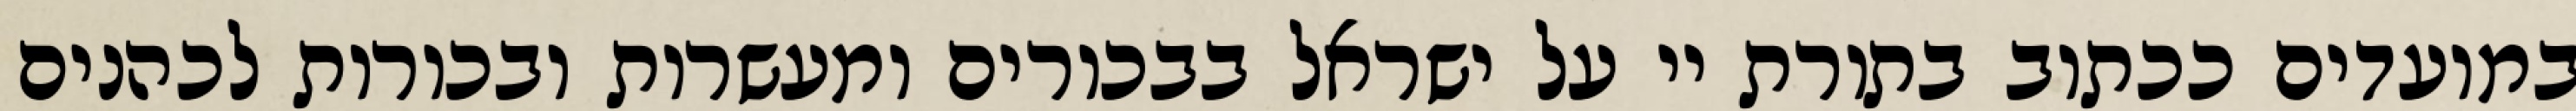
במועדים ככתוב בתורת יי על ישראל בבכורים ומעשרות ובכורות לכהנים